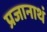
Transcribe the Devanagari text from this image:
प्रजानाथं